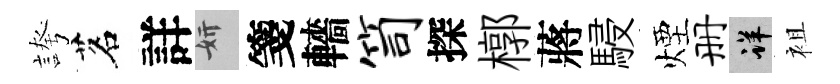
誇茗詳妍箋轖笥探槨蔣駸煙册详袓